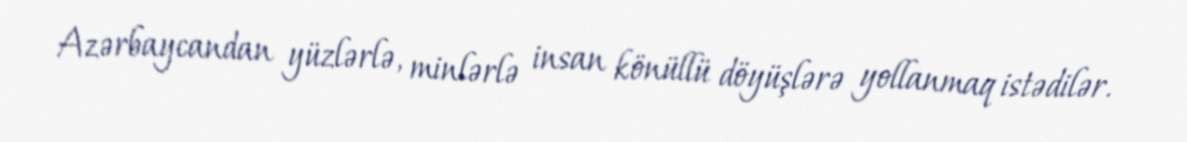
Azərbaycandan yüzlərlə, minlərlə insan könüllü döyüşlərə yollanmaq istədilər.